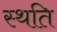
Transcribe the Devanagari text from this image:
स्‍थति